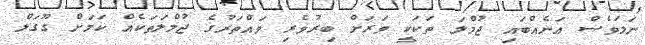
ނަމަވެސް އަނެއްބައި ޖުމްލަ ތަކަކީ ވަރަށް ބިރުވެރި ވައްތަރުގެ ޖުމްލަތަކެއް ކަމަށް ގޫގަލް